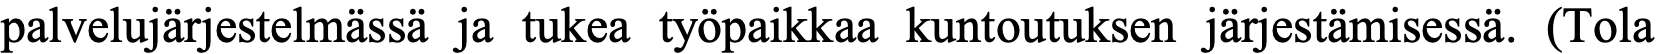
palvelujärjestelmässä ja tukea työpaikkaa kuntoutuksen järjestämisessä. (Tola